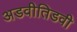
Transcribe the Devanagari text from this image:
अडवीतिडवी